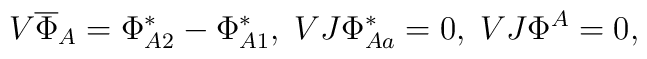
V \overline{\Phi}_A = \Phi^*_{A2}-\Phi^*_{A1},\; VJ\Phi^*_{Aa} = 0,\;VJ\Phi^A = 0,